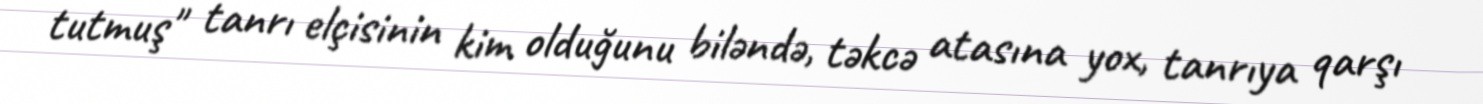
tutmuş" tanrı elçisinin kim olduğunu biləndə, təkcə atasına yox, tanrıya qarşı